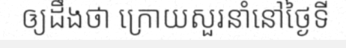
ឲ្យដឹងថា ក្រោយសួរនាំនៅថ្ងៃទី